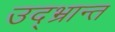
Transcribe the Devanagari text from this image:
उद्‌भ्रान्त